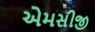
એમસીજી